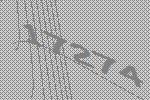
17274